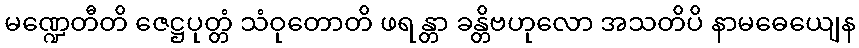
မဏ္ဍေတီတိ ဇေဋ္ဌပုတ္တံ သံဝုတောတိ ဖရန္တာ ခန္တိဗဟုလော အသတိပိ နာမဓေယျေန